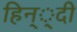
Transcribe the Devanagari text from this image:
हिन््दी